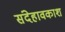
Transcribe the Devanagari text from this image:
संदेहावकाश